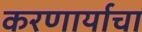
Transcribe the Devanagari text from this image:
करणार्याचा